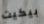
بيكيت